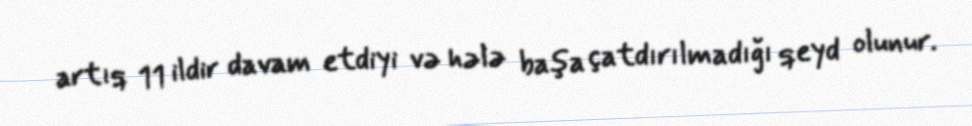
artıq 11 ildir davam etdiyi və hələ başa çatdırılmadığı qeyd olunur.